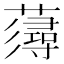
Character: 𧀷